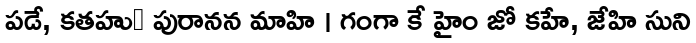
పడే, కతహుఀ పురానన మాహి । గంగా కే హైం జో కహే, జేహి సుని